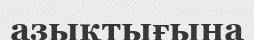
азықтығына